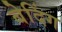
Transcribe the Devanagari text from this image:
बेदिंग